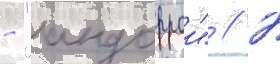
- "андоррои" // В